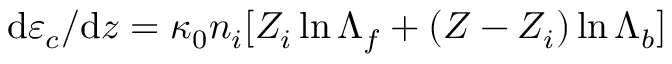
\mathrm { d } \varepsilon _ { c } / \mathrm { d } z = \kappa _ { 0 } n _ { i } [ Z _ { i } \ln { \Lambda _ { f } } + ( Z - Z _ { i } ) \ln { \Lambda _ { b } } ]